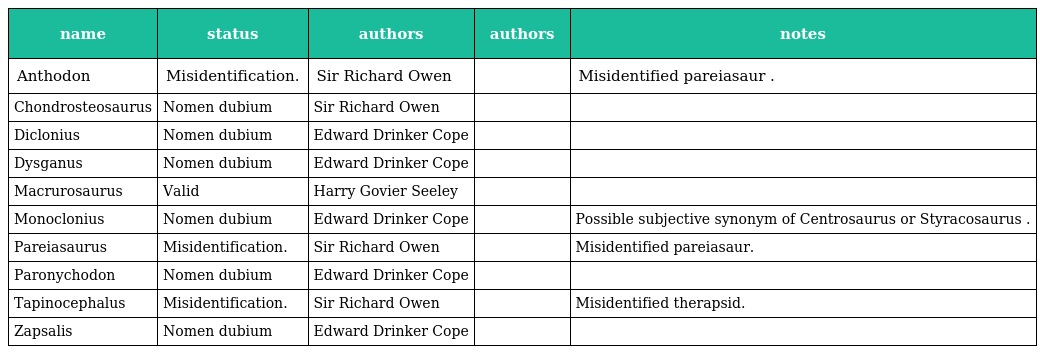
| name | status | authors | authors | notes |
 | --- | --- | --- | --- | --- |
 | Anthodon | Misidentification. | Sir Richard Owen |  | Misidentified pareiasaur . |
 | Chondrosteosaurus | Nomen dubium | Sir Richard Owen |  |  |
 | Diclonius | Nomen dubium | Edward Drinker Cope |  |  |
 | Dysganus | Nomen dubium | Edward Drinker Cope |  |  |
 | Macrurosaurus | Valid | Harry Govier Seeley |  |  |
 | Monoclonius | Nomen dubium | Edward Drinker Cope |  | Possible subjective synonym of Centrosaurus or Styracosaurus . |
 | Pareiasaurus | Misidentification. | Sir Richard Owen |  | Misidentified pareiasaur. |
 | Paronychodon | Nomen dubium | Edward Drinker Cope |  |  |
 | Tapinocephalus | Misidentification. | Sir Richard Owen |  | Misidentified therapsid. |
 | Zapsalis | Nomen dubium | Edward Drinker Cope |  |  |